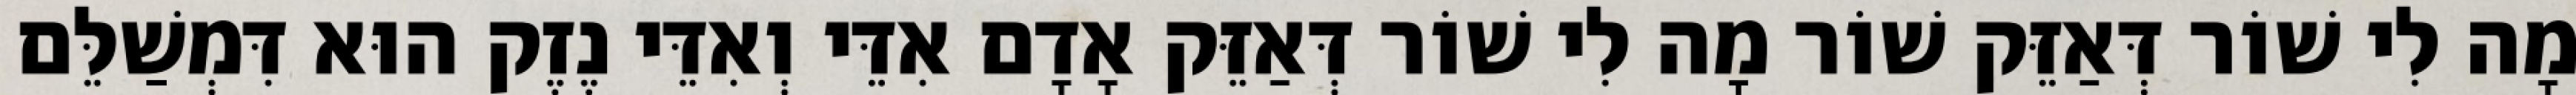
מָה לִי שׁוֹר דְּאַזֵּק שׁוֹר מָה לִי שׁוֹר דְּאַזֵּק אָדָם אִדֵּי וְאִדֵּי נֶזֶק הוּא דִּמְשַׁלֵּם